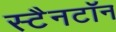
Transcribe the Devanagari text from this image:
स्टैनटॉन